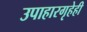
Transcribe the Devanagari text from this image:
उपाहारगृहेही